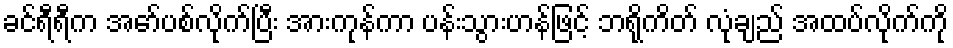
ခင်ရီရီက အော်ပစ်လိုက်ပြီး အားကုန်ကာ ပန်းသွားဟန်ဖြင့် ဘရိုကိတ် လုံချည် အထပ်လိုက်ကို